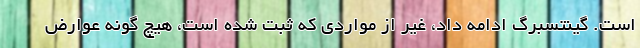
است. گینتسبرگ ادامه داد، غیر از مواردی که ثبت شده است، هیچ گونه عوارض